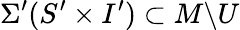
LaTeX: \Sigma^{\prime}(S^{\prime}\times I^{\prime})\subset M\backslash U